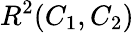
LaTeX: R^{2}(C_{1},C_{2})